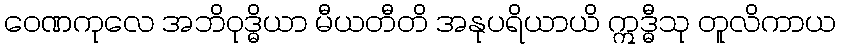
ဝေဏကုလေ အဘိဝုဒ္ဓိယာ မီယတီတိ အနုပရိယာယိ ဣဒ္ဓီသု တူလိကာယ